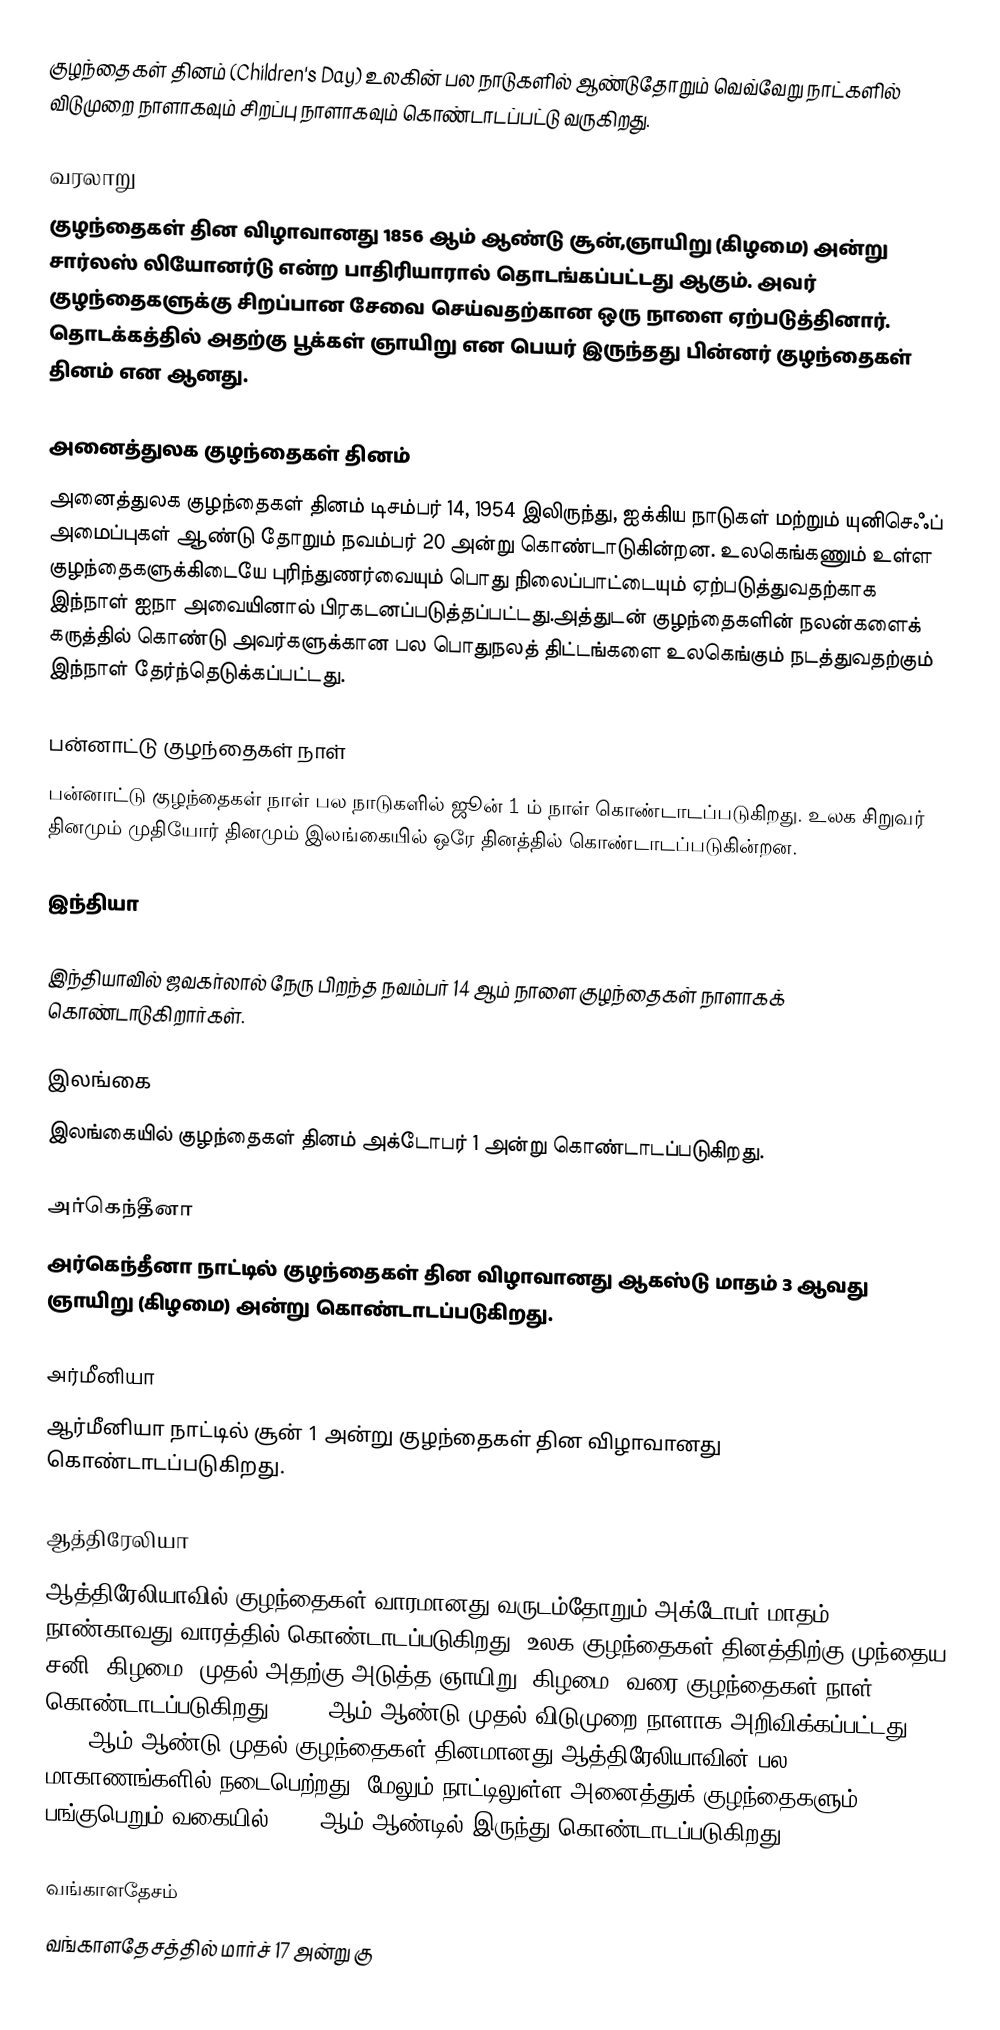
குழந்தைகள்  தினம் (Children's Day) உலகின் பல நாடுகளில் ஆண்டுதோறும் வெவ்வேறு நாட்களில் விடுமுறை நாளாகவும் சிறப்பு நாளாகவும் கொண்டாடப்பட்டு வருகிறது.

வரலாறு
குழந்தைகள் தின விழாவானது 1856 ஆம் ஆண்டு சூன்,ஞாயிறு (கிழமை) அன்று சார்லஸ் லியோனர்டு என்ற பாதிரியாரால் தொடங்கப்பட்டது ஆகும். அவர் குழந்தைகளுக்கு சிறப்பான  சேவை செய்வதற்கான ஒரு நாளை ஏற்படுத்தினார். தொடக்கத்தில் அதற்கு  பூக்கள் ஞாயிறு என பெயர் இருந்தது பின்னர் குழந்தைகள் தினம்  என ஆனது.

அனைத்துலக குழந்தைகள்  தினம்
அனைத்துலக குழந்தைகள் தினம்  டிசம்பர் 14, 1954 இலிருந்து, ஐக்கிய நாடுகள் மற்றும் யுனிசெஃப் அமைப்புகள் ஆண்டு தோறும் நவம்பர் 20 அன்று கொண்டாடுகின்றன. உலகெங்கணும் உள்ள குழந்தைகளுக்கிடையே புரிந்துணர்வையும் பொது நிலைப்பாட்டையும் ஏற்படுத்துவதற்காக இந்நாள் ஐநா அவையினால் பிரகடனப்படுத்தப்பட்டது.அத்துடன் குழந்தைகளின் நலன்களைக் கருத்தில் கொண்டு அவர்களுக்கான பல பொதுநலத் திட்டங்களை உலகெங்கும் நடத்துவதற்கும் இந்நாள் தேர்ந்தெடுக்கப்பட்டது.

பன்னாட்டு குழந்தைகள் நாள்
பன்னாட்டு குழந்தைகள் நாள் பல நாடுகளில் ஜூன் 1 ம் நாள் கொண்டாடப்படுகிறது. உலக சிறுவர் தினமும் முதியோர் தினமும் இலங்கையில் ஒரே தினத்தில் கொண்டாடப்படுகின்றன.

இந்தியா

இந்தியாவில் ஜவகர்லால் நேரு பிறந்த நவம்பர் 14 ஆம் நாளை குழந்தைகள் நாளாகக் கொண்டாடுகிறார்கள்.

இலங்கை
இலங்கையில் குழந்தைகள் தினம்  அக்டோபர் 1 அன்று கொண்டாடப்படுகிறது.

அர்கெந்தீனா
அர்கெந்தீனா நாட்டில் குழந்தைகள் தின விழாவானது ஆகஸ்டு மாதம் 3 ஆவது ஞாயிறு (கிழமை) அன்று கொண்டாடப்படுகிறது.

அர்மீனியா
ஆர்மீனியா நாட்டில் சூன் 1 அன்று  குழந்தைகள் தின விழாவானது கொண்டாடப்படுகிறது.

ஆத்திரேலியா
ஆத்திரேலியாவில் குழந்தைகள் வாரமானது வருடம்தோறும் அக்டோபர் மாதம் நாண்காவது வாரத்தில் கொண்டாடப்படுகிறது. உலக குழந்தைகள் தினத்திற்கு முந்தைய சனி (கிழமை) முதல் அதற்கு அடுத்த ஞாயிறு (கிழமை) வரை குழந்தைகள் நாள் கொண்டாடப்படுகிறது. 1954 ஆம் ஆண்டு முதல் விடுமுறை நாளாக அறிவிக்கப்பட்டது. 1977 ஆம் ஆண்டு முதல் குழந்தைகள் தினமானது ஆத்திரேலியாவின் பல மாகாணங்களில் நடைபெற்றது. மேலும் நாட்டிலுள்ள அனைத்துக் குழந்தைகளும் பங்குபெறும் வகையில் 1984 ஆம் ஆண்டில் இருந்து கொண்டாடப்படுகிறது.

வங்காளதேசம்
வங்காளதேசத்தில் மார்ச் 17 அன்று  கு